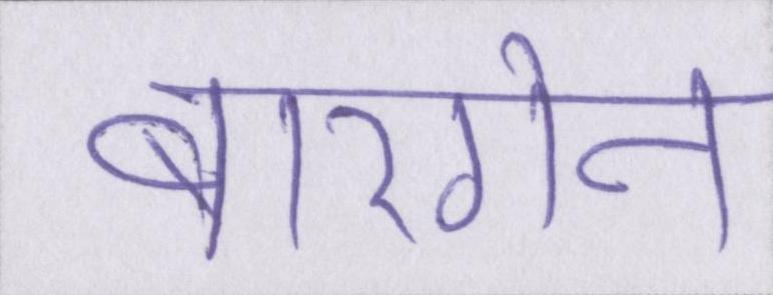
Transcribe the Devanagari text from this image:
बारगेन